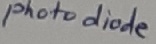
Text: Photodiode